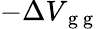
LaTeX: -\Delta V_{\mathrm{~g~g~}}